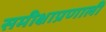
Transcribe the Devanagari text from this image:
समीक्षाप्रणाली